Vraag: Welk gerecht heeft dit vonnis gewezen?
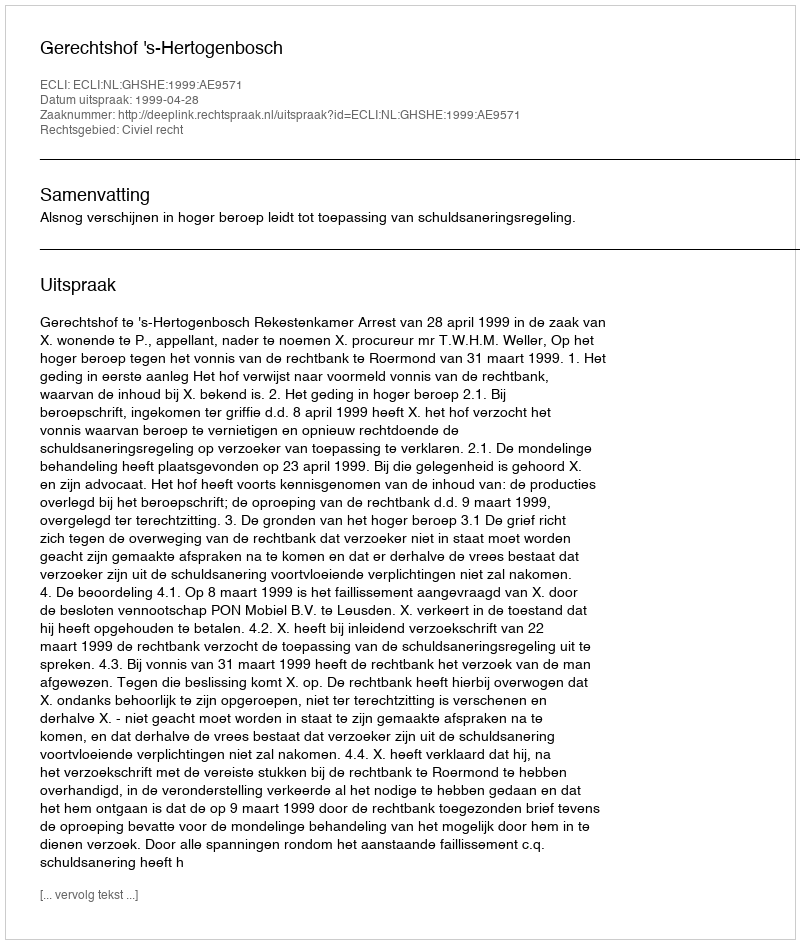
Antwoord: Gerechtshof 's-Hertogenbosch